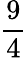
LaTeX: \frac 94